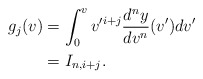
\begin{align*} g_j(v)&=\int_0^vv'^{i+j}\frac{d^ny}{dv^n}(v')dv'\\&=I_{n,i+j}.\end{align*}